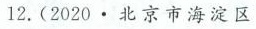
12. (2020 · 北京市海淀区